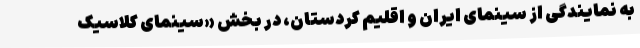
به نمایندگی از سینمای ایران و اقلیم کردستان، در بخش «سینمای کلاسیک